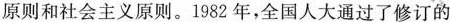
原则和社会主义原则。1982年，全国人大通过了修订的